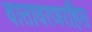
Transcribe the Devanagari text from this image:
वातावरणरहित